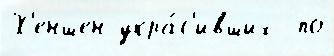
Х'еншен укра́с'ивших  по